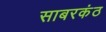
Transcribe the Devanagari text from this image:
साबरकंठ